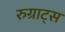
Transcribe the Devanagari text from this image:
रुग्राट्स